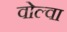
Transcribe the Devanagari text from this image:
वोल्वा